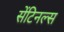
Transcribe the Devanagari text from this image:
सेंटिनल्स